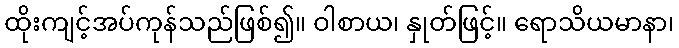
ထိုးကျင့်အပ်ကုန်သည်ဖြစ်၍။ ဝါစာယ၊ နှုတ်ဖြင့်။ ရောသိယမာနာ၊